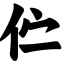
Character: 伫